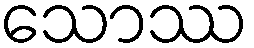
သောဿ